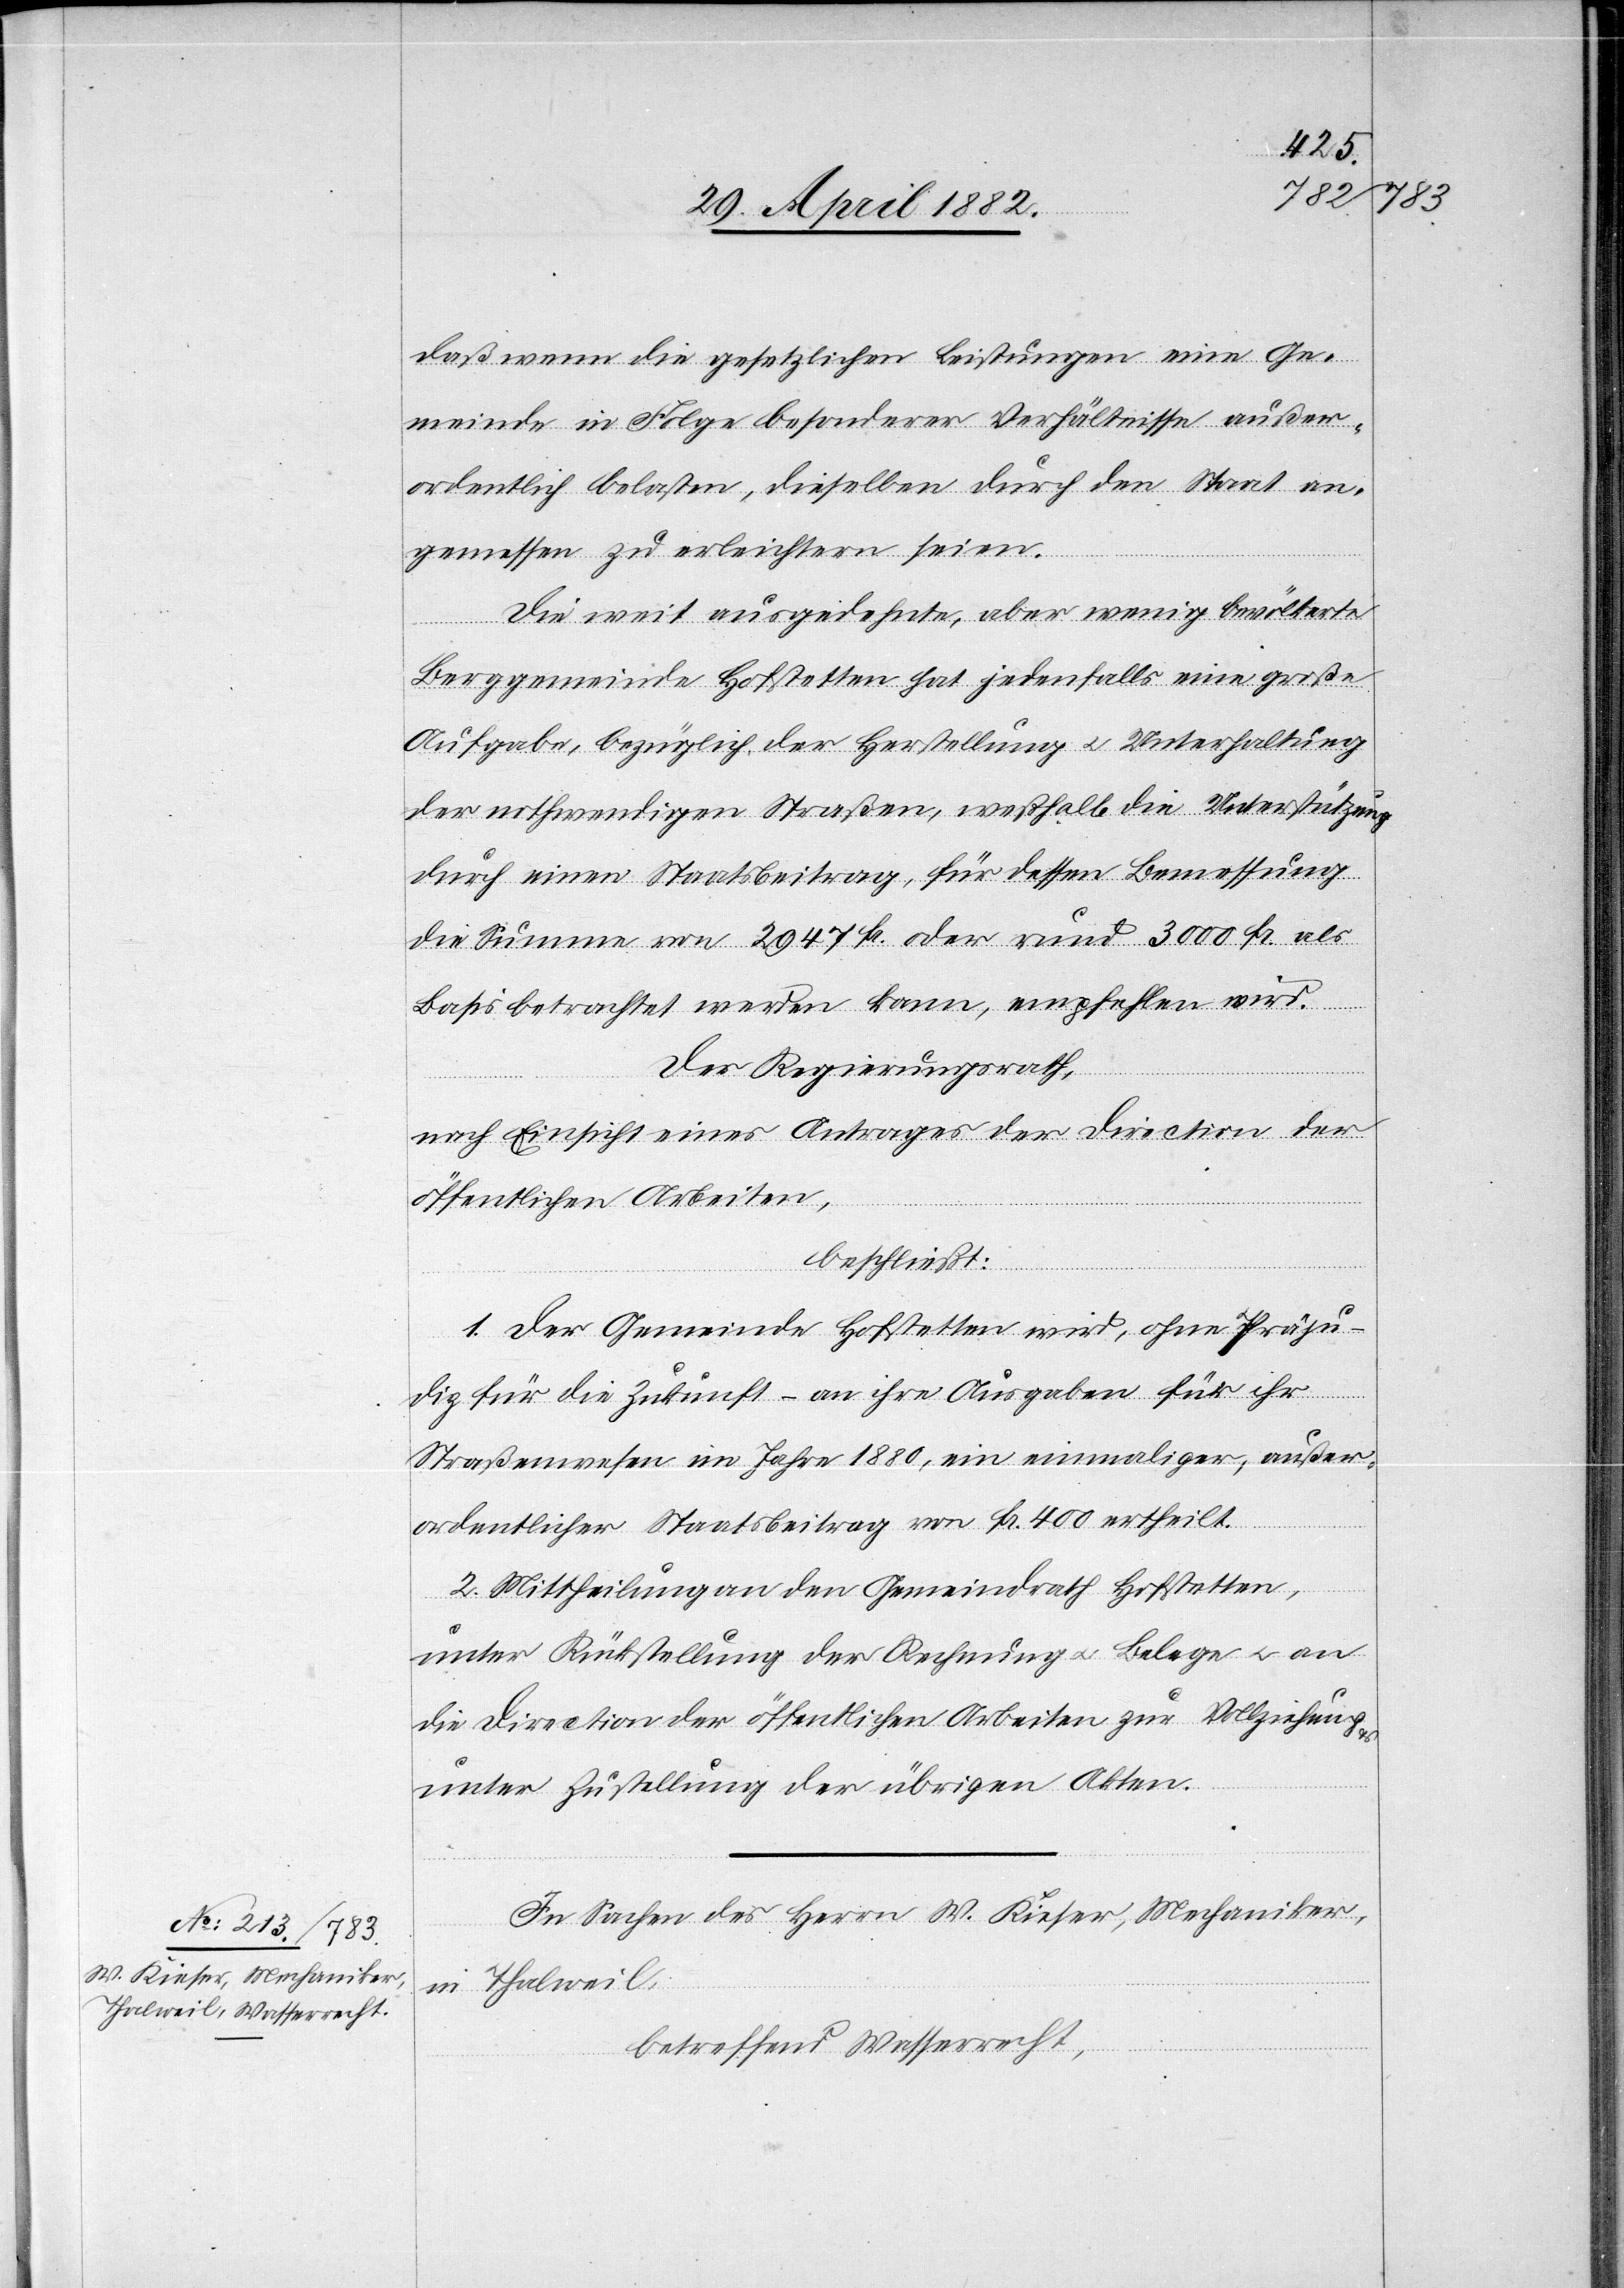
daß wenn die gesetzlichen Leistungen eine Ge¬
meinde in Folge besonderer Verhältnisse außer¬
ordentlich belasten, dieselben durch den Staat an¬
gemessen zu erleichtern seien.
Die weit ausgedehnte, aber wenig bevölkerte
Berggemeinde Hofstetten hat jedenfalls eine große
Aufgabe, bezüglich der Herstellung u. Unterhaltung
der nothwenigen Straßen, weßhalb die Unterstützung
durch einen Staatsbeitrag, für dessen Bemessung
die Summe von 2947 Fr. oder rund 3000 Fr. als
Basis betrachtet werden kann, empfehlen [sic!]
Der Regierungsrath,
nach Einsicht eines Antrages der Direction der
öffentlichen Arbeiten,
beschließt:
1. Der Gemeinde Hofstetten wird, ohne Präju¬
wird.
diz für die Zukunft – an ihre Ausgaben für ihr
Straßenwesen im Jahre 1880, ein einmaliger, außer¬
ordentlicher Staatsbeitrag von Fr. 400 ertheilt.
2. Mittheilung an den Gemeindrath Hofstetten,
unter Rückstellung der Rechnung u. Belege u. an
die Direction der öffentlichen Arbeiten zur Vollziehung
unter Zustellung der übrigen Akten.
In Sachen des Herrn W. Kieser, Mechaniker,
in Thalweil,
betreffend Wasserrecht,